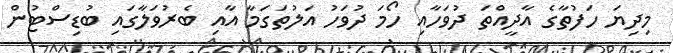
މިދިޔަ ހަފުތާގެ އާދީއްތަ ދުވަހާއި ހޯމަ ދުވަހު އަލުތަގަމާ އާއި ބެރުވަލާގައި ބުޑިސްޓުން